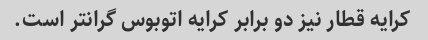
کرایه قطار نیز دو برابر کرایه اتوبوس گرانتر است.